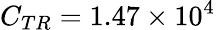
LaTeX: C_{TR}=1.47\times 10^{4}